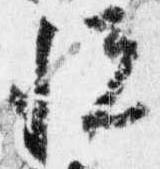
悦